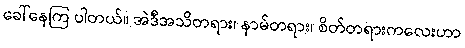
ခေါ်နေကြ ပါတယ်။ အဲဒီအသိတရား၊ နာမ်တရား၊ စိတ်တရားကလေးဟာ